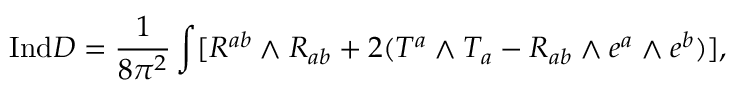
{ \mathrm { I n d } } D = \frac { 1 } { 8 \pi ^ { 2 } } \int [ R ^ { a b } \mathrm { \tiny ~ \wedge ~ } R _ { a b } + 2 ( T ^ { a } \mathrm { \tiny ~ \wedge ~ } T _ { a } - R _ { a b } \mathrm { \tiny ~ \wedge ~ } e ^ { a } \mathrm { \tiny ~ \wedge ~ } e ^ { b } ) ] ,